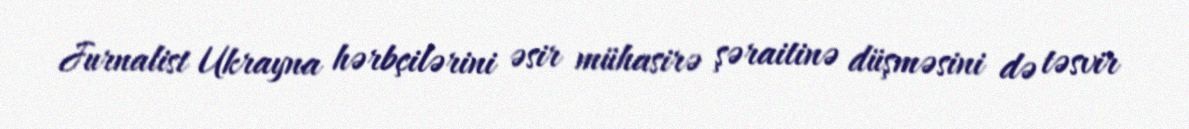
Jurnalist Ukrayna hərbçilərini əsir mühasirə şəraitinə düşməsini də təsvir